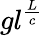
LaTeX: gl^{\frac{L}{c}}